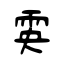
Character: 雵